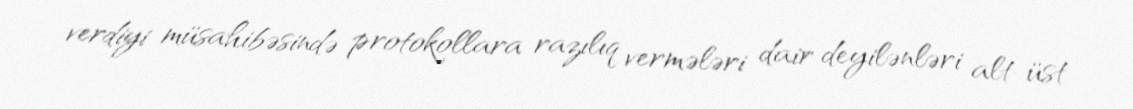
verdiyi müsahibəsində protokollara razılıq vermələri dair deyilənləri alt-üst